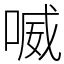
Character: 喴